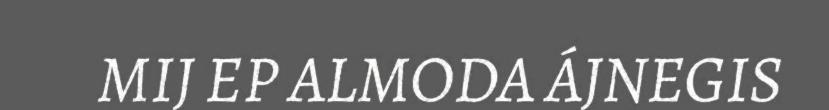
MIJ EP ALMODA ÁJNEGIS